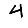
Digit: 4